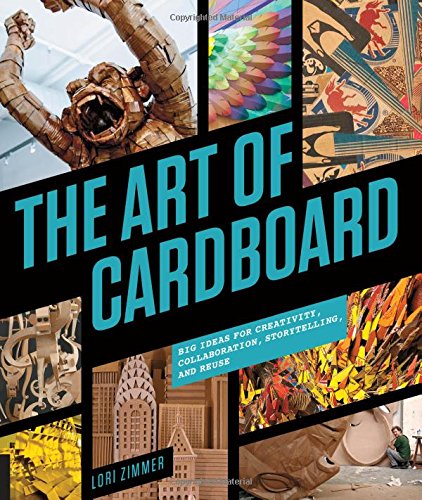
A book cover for The Art of Cardboard: Big Ideas for Creativity, Collaboration, Storytelling, and Reuse; Lori Zimmer; Crafts, Hobbies & Home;